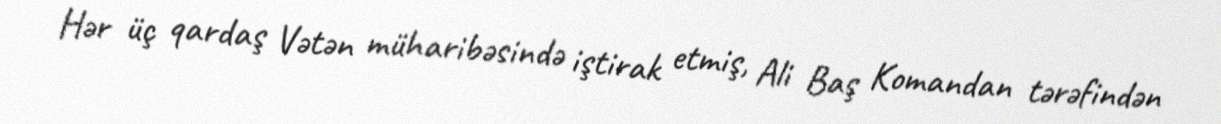
Hər üç qardaş Vətən müharibəsində iştirak etmiş, Ali Baş Komandan tərəfindən